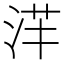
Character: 𣴱